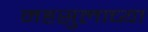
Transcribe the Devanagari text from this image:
महसुलाच्या